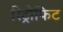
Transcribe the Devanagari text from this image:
रिट्रोफिट